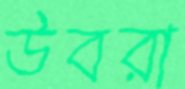
উবরা